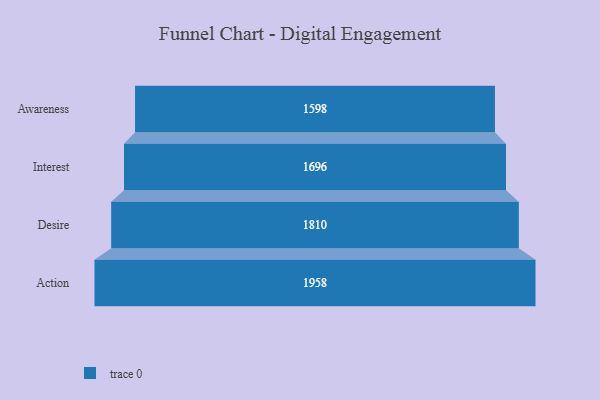
{"axis": {"x": "Stage", "y": "Value"}, "legend": [""], "data": [{"x": "Awareness", "y": 1598.0, "type": ""}, {"x": "Interest", "y": 1696.0, "type": ""}, {"x": "Desire", "y": 1810.0, "type": ""}, {"x": "Action", "y": 1958.0, "type": ""}]}